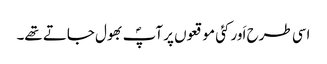
اسی طرح اَور کئی موقعوں پر آپؐ بھول جاتے تھے۔